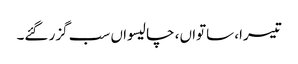
تیسرا، ساتواں، چالیسواں سب گزر گئے۔